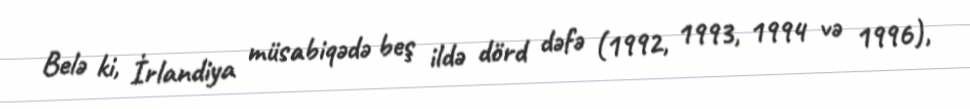
Belə ki, İrlandiya müsabiqədə beş ildə dörd dəfə (1992, 1993, 1994 və 1996),